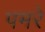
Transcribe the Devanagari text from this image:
पमरे